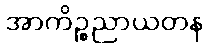
အာကိဉ္စညာယတန